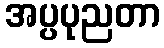
အပ္ပပုညတာ